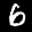
Label: 6